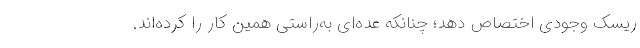
ریسک وجودی اختصاص دهد؛ چنانکه عده‌ای به‌راستی همین کار را کرده‌اند.